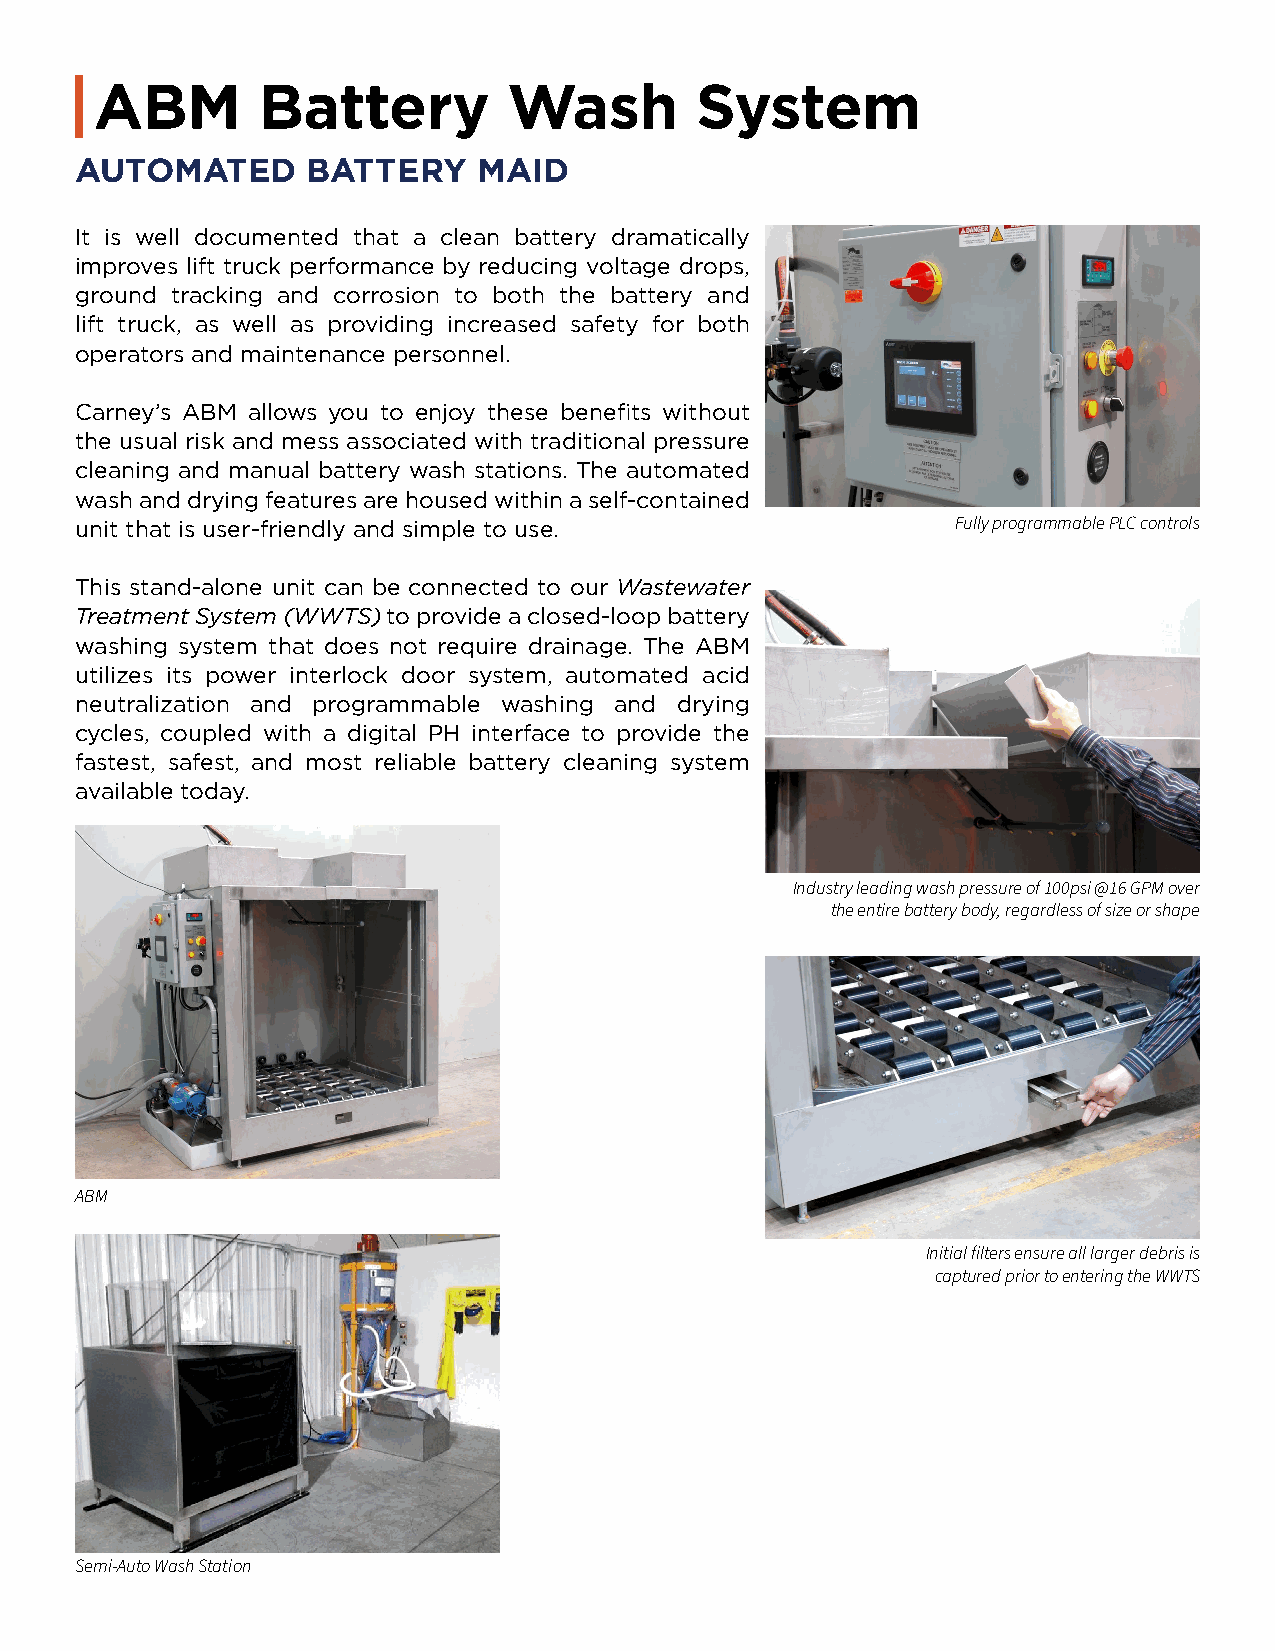
ABM        Battery          Wash        System
 AUTOMATED      BATTERY     MAID
 It is well documented that a clean battery dramatically
 improves lift truck performance by reducing voltage drops,
 ground tracking and corrosion to both the battery and
 lift truck, as well as providing increased safety for both
 operators and maintenance personnel.
 Carney’s ABM allows you to enjoy these benefits without
 the usual risk and mess associated with traditional pressure
 cleaning and manual battery wash stations. The automated
 wash and drying features are housed within a self-contained
 unit that is user-friendly and simple to use.             Fully programmable PLC controls
 This stand-alone unit can be connected to our Wastewater
 Treatment System (WWTS) to provide a closed-loop battery
 washing system that does not require drainage. The ABM
 utilizes its power interlock door system, automated acid
 neutralization and programmable washing and drying
 cycles, coupled with a digital PH interface to provide the
 fastest, safest, and most reliable battery cleaning system
 available today.
 Industry leading wash pressure of 100psi @16 GPM over
 the entire battery body, regardless of size or shape
 ABM
 Initial filters ensure all larger debris is
 captured prior to entering the WWTS
 Semi-Auto Wash Station